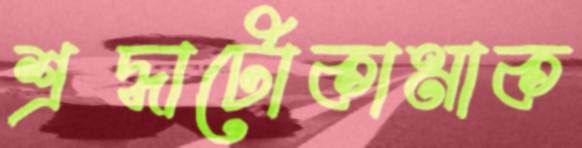
শ্রদ্ধাটোকামাক